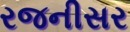
રજનીસર